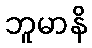
ဘူမာနိ